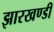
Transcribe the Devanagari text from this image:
झारखण्‍डी